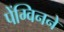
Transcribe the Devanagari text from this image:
पेंग्विनने